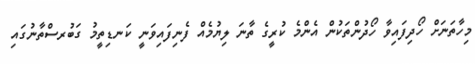
މިހާތަނަށް ހޯދިފައިވާ ހޯދުންތަކުން އެންމެ ކުރީގެ ތާނަ ލިޔުމެއް ފެނިފައިވަނީ ކަނޑިތީމު ގަބުރސްތާނުގައި